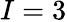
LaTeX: I=3